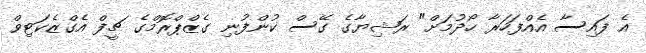
އެ ފައިސާ އެއްފަހަރާ ހޯދުމަށް" ރަޝިޔާގެ ގޭސް ކުންފުނި ގެޒްޕްރޮމްގެ ޗީފް އެގްޒެކަޓިވް